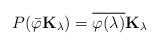
LaTeX: \begin{align*}P(\bar{\varphi}\mathbf{K}_{\lambda})=\overline{\varphi(\lambda)}\mathbf{K}_{\lambda}\end{align*}